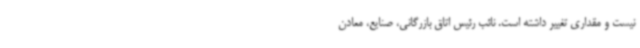
نیست و مقداری تغییر داشته‌ است. نائب رئیس اتاق بازرگانی، صنایع، معادن